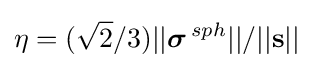
\eta =({\sqrt {2}}/3)||{{\boldsymbol {\sigma }}^{\,sph}}||/||\mathbf {s} ||